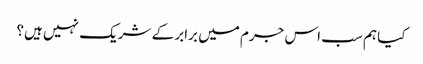
کیا ہم سب اس جرم میں برابر کے شریک نہیں ہیں؟